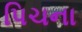
પિચના